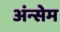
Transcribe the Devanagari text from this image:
अंन्सेम